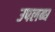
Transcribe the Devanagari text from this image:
उपलब्‍घ